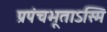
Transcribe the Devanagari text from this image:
प्रपंचभूताऽस्मि